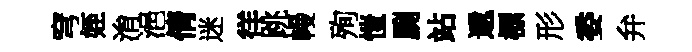
穹姪㳙浥倩迷徉跳幔殉愷劂站遞標形委弁